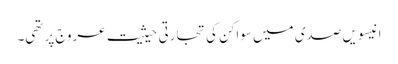
انیسویں صدی میں سواکن کی تجارتی حیثیت عروج پر تھی۔